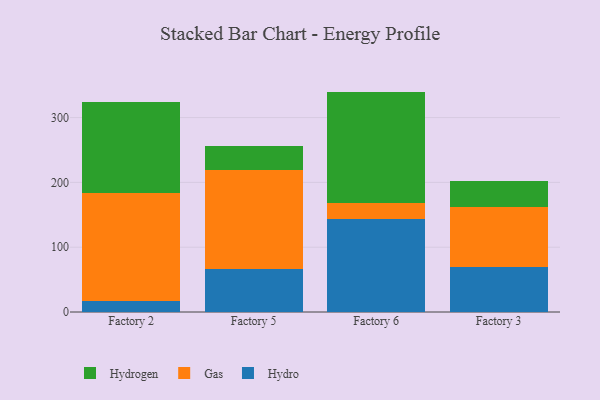
{"axis": {"x": "Factory", "y": "Customer Acquisition Cost (USD)"}, "legend": ["Gas", "Hydro", "Hydrogen"], "data": [{"x": "Factory 2", "y": 16.4, "type": "Hydro"}, {"x": "Factory 2", "y": 167.2, "type": "Gas"}, {"x": "Factory 2", "y": 140.6, "type": "Hydrogen"}, {"x": "Factory 5", "y": 66.9, "type": "Hydro"}, {"x": "Factory 5", "y": 152.5, "type": "Gas"}, {"x": "Factory 5", "y": 36.5, "type": "Hydrogen"}, {"x": "Factory 6", "y": 143.8, "type": "Hydro"}, {"x": "Factory 6", "y": 24.1, "type": "Gas"}, {"x": "Factory 6", "y": 172.2, "type": "Hydrogen"}, {"x": "Factory 3", "y": 68.8, "type": "Hydro"}, {"x": "Factory 3", "y": 92.8, "type": "Gas"}, {"x": "Factory 3", "y": 40.9, "type": "Hydrogen"}]}